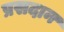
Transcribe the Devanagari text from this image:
प्रसदान